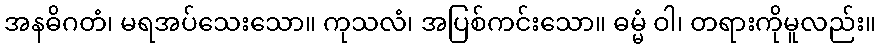
အနဓိဂတံ၊ မရအပ်သေးသော။ ကုသလံ၊ အပြစ်ကင်းသော။ ဓမ္မံ ဝါ၊ တရားကိုမူလည်း။